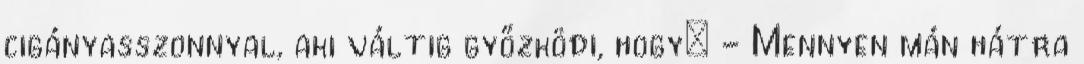
cigányasszonnyal, aki váltig győzködi, hogy: - Mennyen mán hátra